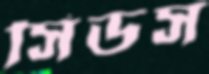
সিডস